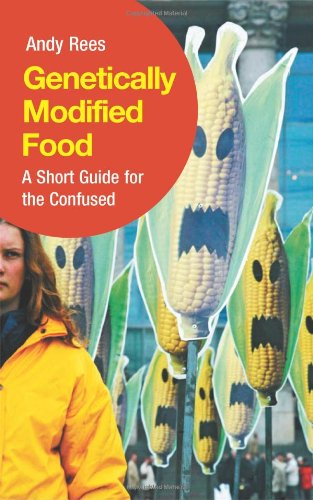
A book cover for Genetically Modified Food: A Short Guide For the Confused; Andy Rees; Health, Fitness & Dieting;